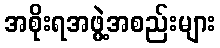
အစိုးရအဖွဲ့အစည်းများ